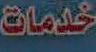
خدمات